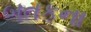
બતકના